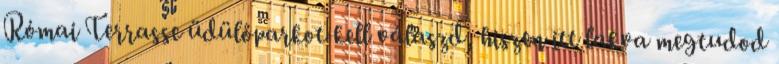
Római Terrasse üdülőparkot kell válaszd, hiszen itt lakva megtudod